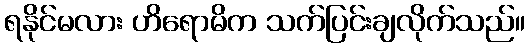
ရနိုင်မလား ဟိရောမိက သက်ပြင်းချလိုက်သည်။